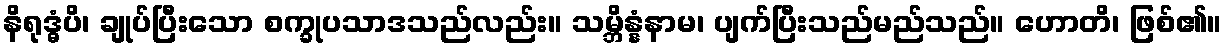
နိရုဒ္ဓံပိ၊ ချုပ်ပြီးသော စက္ခုပသာဒသည်လည်း။ သမ္ဘိန္နံနာမ၊ ပျက်ပြီးသည်မည်သည်။ ဟောတိ၊ ဖြစ်၏။